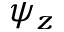
\psi _ { z }